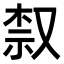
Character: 𫩀